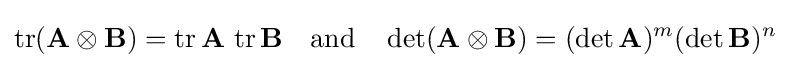
\operatorname {tr} (\mathbf {A} \otimes \mathbf {B} )=\operatorname {tr} \mathbf {A} \,\operatorname {tr} \mathbf {B} \quad {\text{and}}\quad \det(\mathbf {A} \otimes \mathbf {B} )=(\det \mathbf {A} )^{m}(\det \mathbf {B} )^{n}